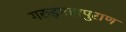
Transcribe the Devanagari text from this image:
गरुड़महापुराण